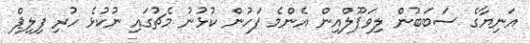
އަނިޔާގެ ސަބަބުން ލިވަޕޫލްއިން އެންމެ ފަހުން ކުޅުނު މެޗުގައި ނުކުޅެ ހުރި ފިލިޕް